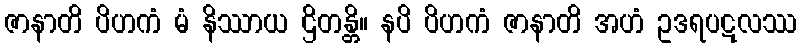
ဇာနာတိ ပိဟကံ မံ နိဿာယ ဌိတန္တိ။ နပိ ပိဟကံ ဇာနာတိ အဟံ ဥဒရပဋလဿ